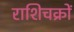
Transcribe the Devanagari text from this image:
राशिचक्रों